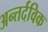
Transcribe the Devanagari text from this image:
अन्तर्दविक